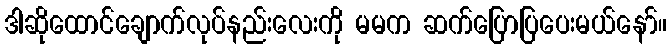
ဒါဆိုထောင်ချောက်လုပ်နည်းလေးကို မမက ဆက်ပြောပြပေးမယ်နော်။